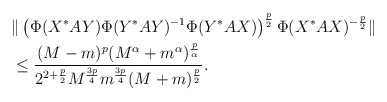
\begin{align*}&\|\left(\Phi(X^*AY)\Phi(Y^*AY)^{-1}\Phi(Y^*AX)\right)^{\frac{p}{2}}\Phi(X^*AX)^{-\frac{p}{2}}\|\\&\le \frac{(M-m)^{p}(M^\alpha+m^\alpha)^{\frac{p}{\alpha}}}{2^{2+\frac{p}{2}} M^{\frac{3p}{4}}m^{\frac{3p}{4}}(M+m)^{\frac{p}{2}}}.\end{align*}